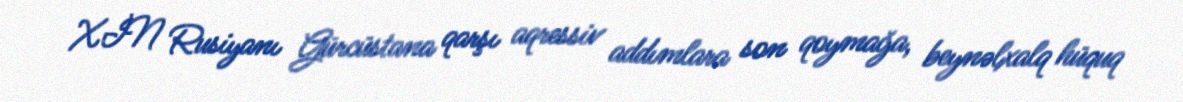
XİN Rusiyanı Gürcüstana qarşı aqressiv addımlara son qoymağa, beynəlxalq hüquq